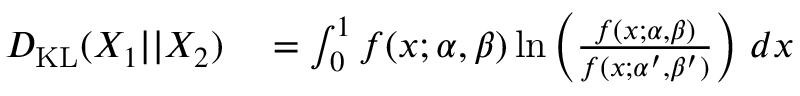
\begin{array} { r l } { D _ { \mathrm { K L } } ( X _ { 1 } | | X _ { 2 } ) } & { { } = \int _ { 0 } ^ { 1 } f ( x ; \alpha , \beta ) \ln \left( { \frac { f ( x ; \alpha , \beta ) } { f ( x ; \alpha ^ { \prime } , \beta ^ { \prime } ) } } \right) \, d x } \end{array}